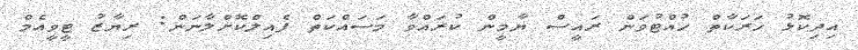
އިދިކޮޅު ހަރަކާތް ހުއްޓުވަން ރައީސް ޔާމީން ކުރައްވާ މަސައްކަތް ފެއިލްކޮށްލާނަން: ރިޔާޒު ޓީވީއެމް